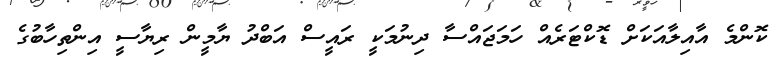
ކޮންމެ އާއިލާއަކަށް ޑޮކްޓަރެއް ހަމަޖައްސާ ދިނުމަކީ ރައީސް އަބްދު ޔާމީން ރިޔާސީ އިންތިހާބުގެ